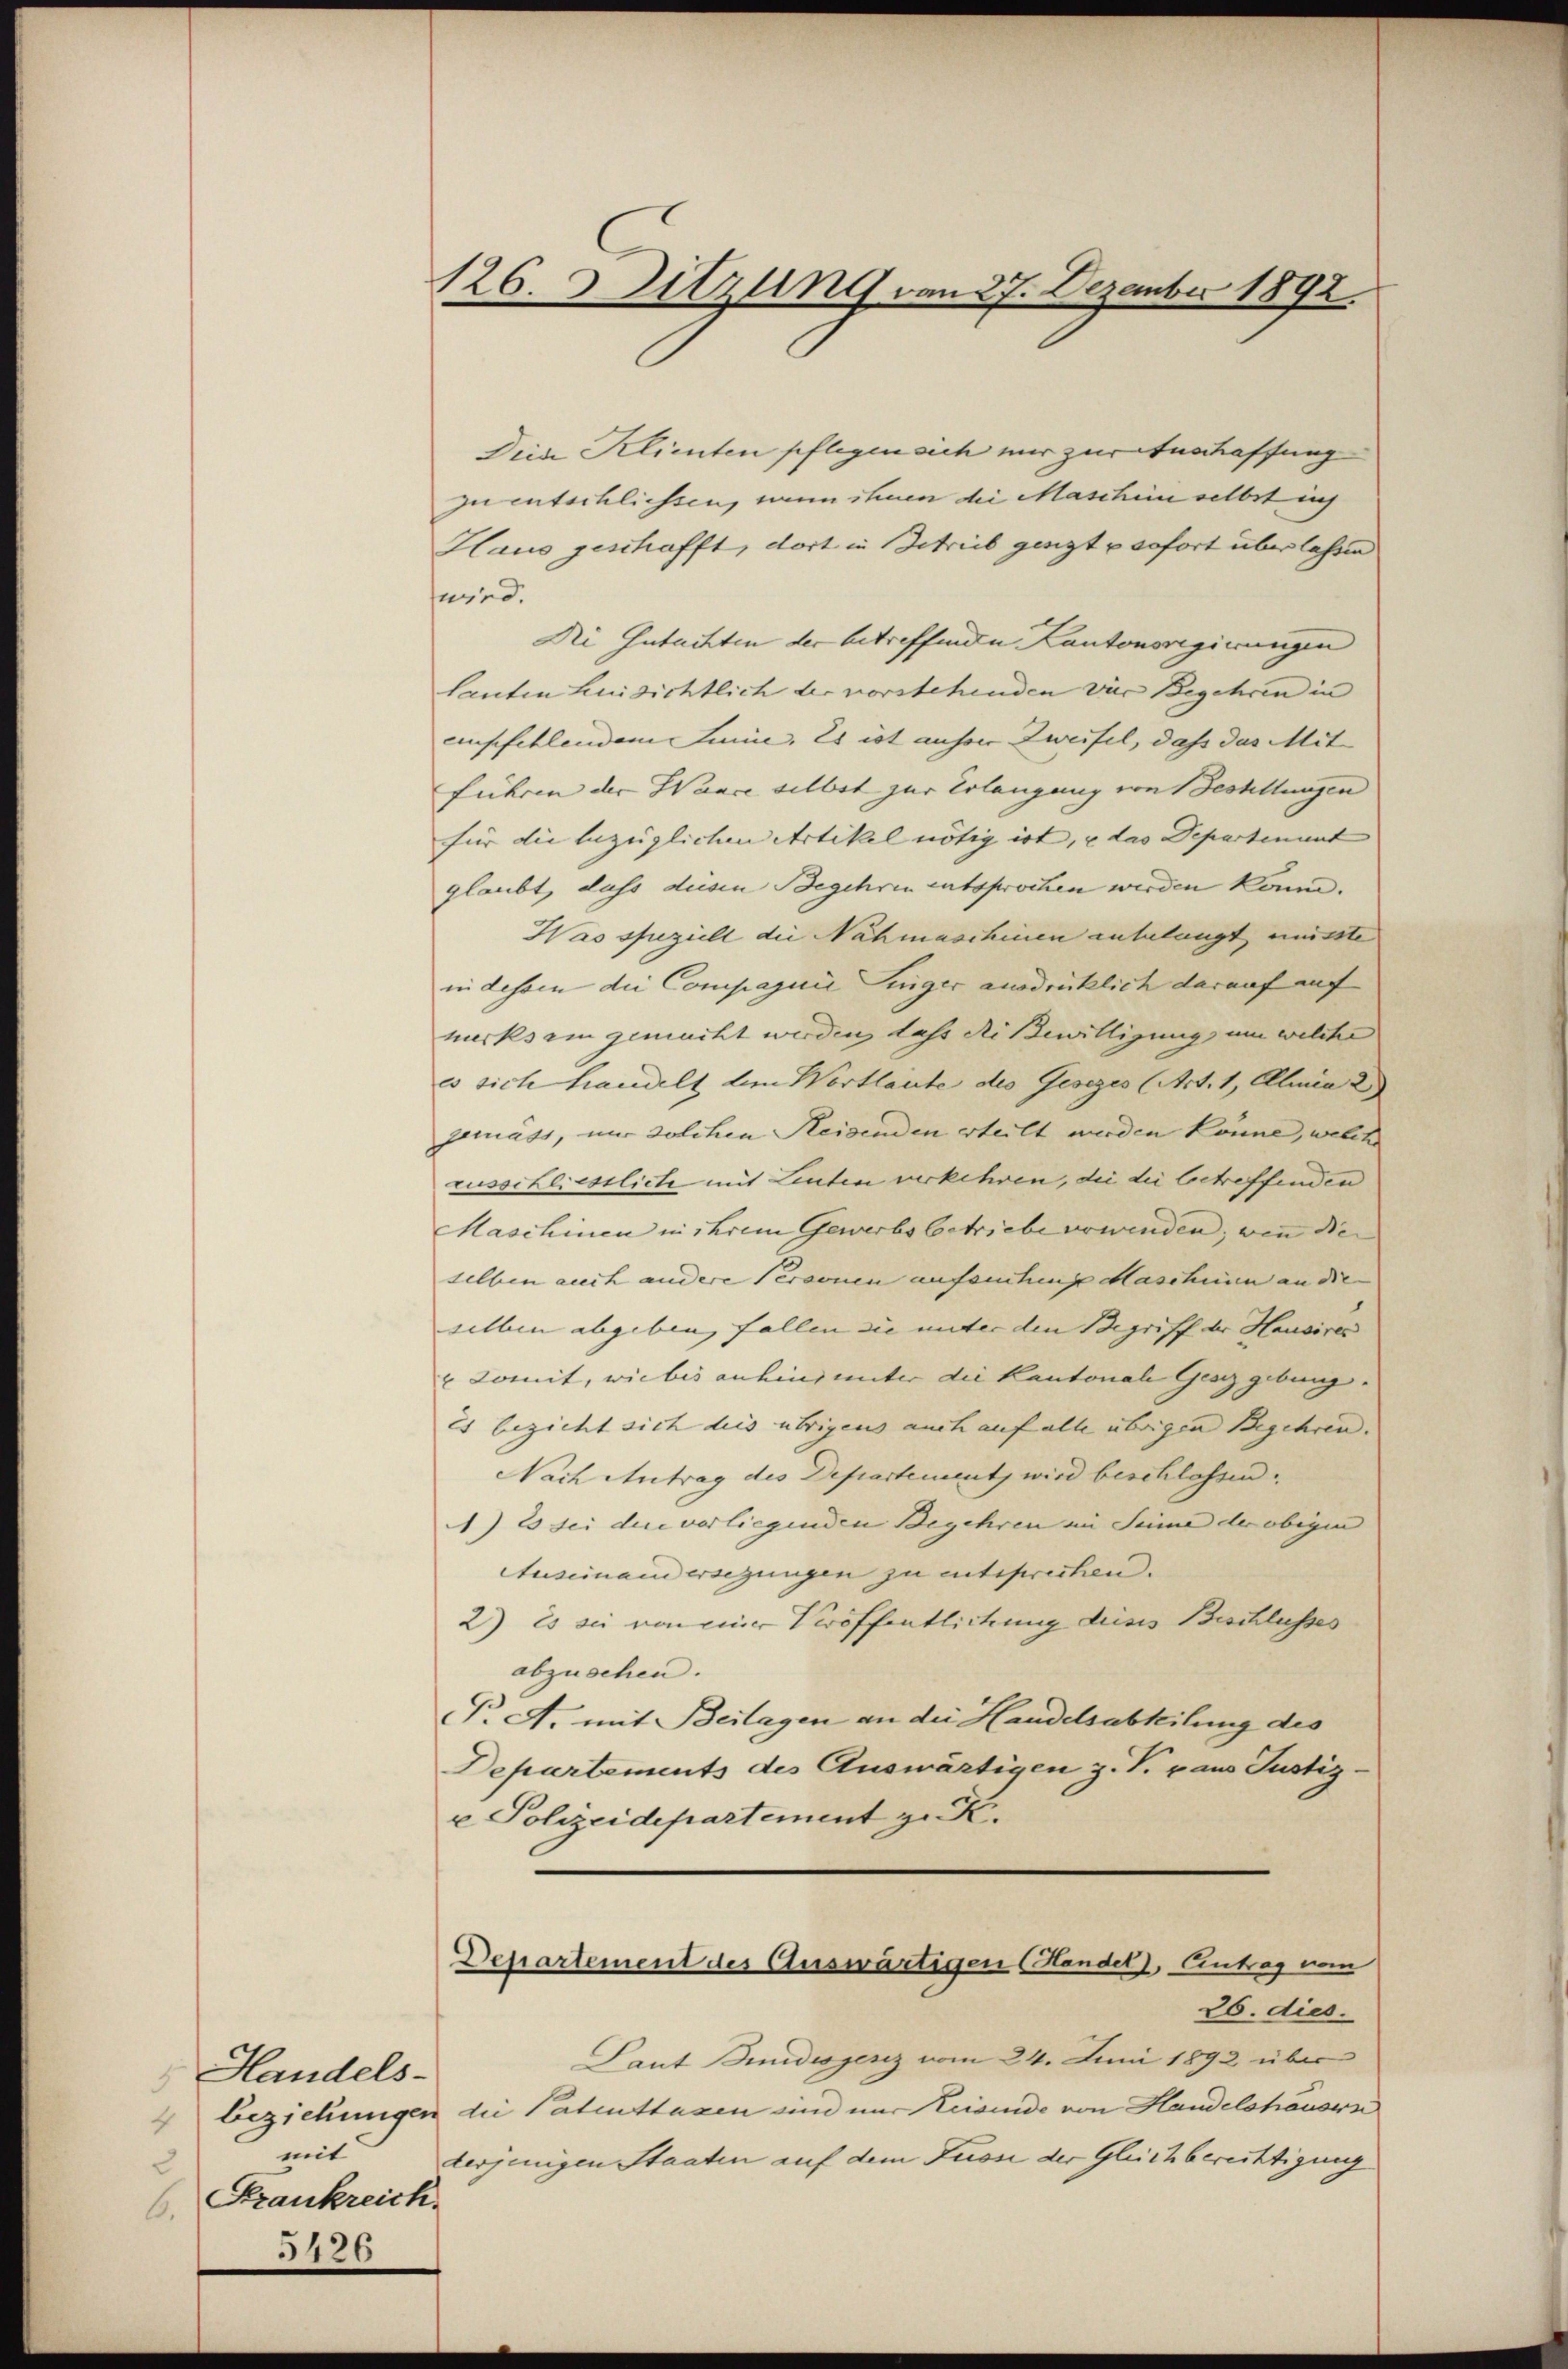
Handels-
mit
2
Krankreich.
6.
5426

126. Sitzung von 27. Dezember 1892.

Die Klienten pflegen sich nur zuranschaffung
zu entschliessen, nun ihnen die Maschin selbst ich
Haus geschafft, dort in Schreib genzt u sofort überlassen
fwird.
Di Gutachten der betreffende Kantonsregierungen
lauten hinsichtlich der vorstehenden vier Begehren in
empfehlendem Junie. Es ist anherr Zweifel, daß das Mit
führen der Wance selbst zur Erlangung von Festellungen
für die bezüglichen Artikel nötig ist, u das Departement
glaubt, dass diesen Begehren entsprochen werden kann.
Has speziell die Nahmaschinen anbelangt, müsste
in dessen die Compagnie Singer ausdrücklich darauf auf
merksam gemacht werden, dass die Bewilligung um welche
es sich handelt um Wortlaute des Gesezes (Art. 1, Ellmia 2
gemäss, nur solchen Heisenden erteilt werden könne, welche
russchliesslich mit Leuten verkehren, die die betreffenden
Maschinen in ihrem Gewerbsbetriebe verwenden, wie die
selben auch andere Personen aufsentinge Maschien an die
selben abgeben, fallen sie unter den Begriff der Hausires
u Domit, wie bis anhin unter die Kantonale Gesez gebung. |
Es bezieht sich dies übrigens auch auf alle übrigen Begehren.
Nach Antrag des Departement, wird beschlossen.
) Es sei die verliegenden Begehren im Sinne der obigen
Auseinandersezungen zu entsprechen.
2) Es sie von einer Veröffentlichung dieses Beschlusses
abzusehen.
P. A. mit Beilagen an die Handelsabteilung des
Departements des Auswärtigen z. V. pans Justiz-
v. Polizeidepartement z. K.
Desartement des Auswärtigen (Handel, Eintrag vom
26. dies
Pant Bindesgenz vom 24. Juni 1892 über
4 Beziehungen die Patentsagen sind nur Keisende von Handelshausen
derjenigen Staaten auf dem Fusse der Gleichberechtigung